Report on the treatment of epidemic cholera: from information collected by the governments of Bengal, Madras, Bombay, N.W. Provinces, Punjab, Oudh, and Central India, by order of the Government of India
Disease focus: Cholera
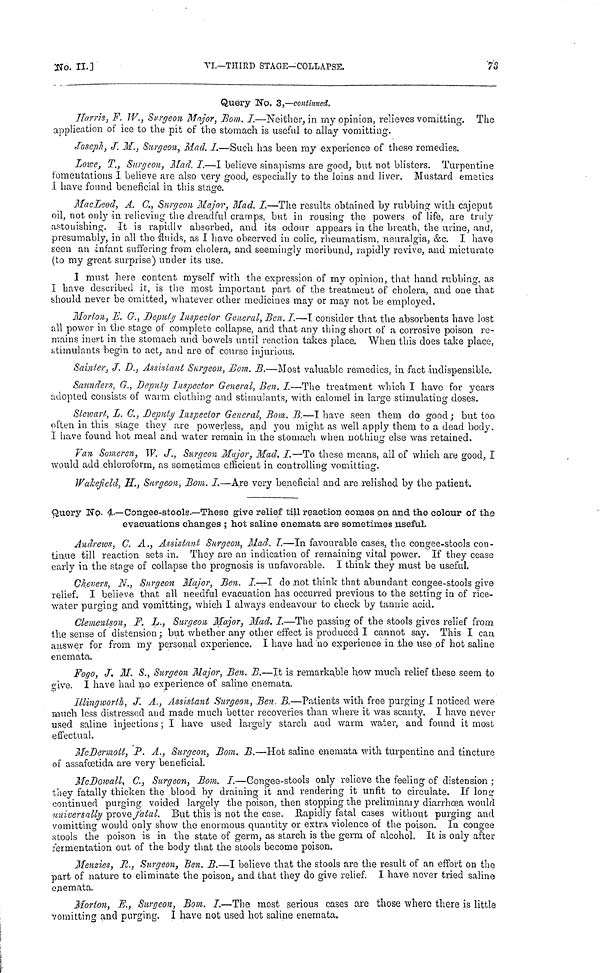
No.
II.
]
VI.—THIRD
STAGE-COLLAPSE.
73
Query No. 3,—continued.
Harris, F. W., Surgeon Major, Bom. I.—Neither, in my opinion, relieves vomitting. The
application of ice to the pit of the stomach is useful to allay vomitting.
Joseph, J. M., Surgeon, Mad. I.—Suck has been my experience of these remedies.
Louce, T., Surgeon, Mad. I.—I believe sinapisms are good, but not blisters. Turpentine
fomentations I believe are also very good, especially to the loins and liver. Mustard emetics
I have found beneficial in this stage.
MacLeod, A. C., Surgeon Major, Mad. I.—The results obtained by rubbing with cajeput
oil, not only in relieving the dreadful cramps, but in rousing the powers of life, are truly
astonishing. It is rapidly absorbed, and its odour appears in the breath, the urine,, and,
presumably, in all the fluids, as I have observed in colic, rheumatism, neuralgia, &c. I have
seen an infant suffering from cholera, and seemingly moribund, rapidly revive, and micturate
(to my great surprise) under its use.
I must here content myself with the expression of my opinion, that hand rubbing, as
I have described it, is the most important part of the treatment of cholera, and one that
should never be omitted, whatever other medicines may or may not be employed.
Morton, E. G·., Deputy Inspector General, Ben. I.—T consider that the absorbents have lost
all power in the stage of complete collapse, and that any thing short of a corrosive poison re-
mains inert in the stomach and bowels until reaction takes place. When this does take place,
stimulants begin to act, and are of course injurious.
Sainter, J. D., Assialant. Surgeon, Bom. B.—Most valuable remedies, in fact indispensable.
Saunders, G., Deputy Inspector General, Ben. I.—The treatment which I have for years
adopted consists of warm clothing and stimulants, with calomel in large stimulating doses.
Slewart, L. C., Deputy Inspector General, Bom. B.—I have seen them do good; but too
often in this stage they are powerless, and you might as well apply them to a dead body.
I have found hot meal and water remain in the stomach when nothing else was retained.
Van Someren, W. J., Surgeon Major, Mad. I.—To these means, all of which are good, I
would add chloroform, as sometimes efficient in controlling vomitting.
Wakefield, H., Surgeon, Bom. I.—Are very beneficial and are relished by the patient.
Query No. 4.—Congee-stools.—These give relief till reaction comes on and the colour of the
evacuations changes ; hot saline enemata are sometimes useful.
Andrews, C. A., Assistant Surgeon, Mad. T.—In favourable cases, the congee-stools con-
tinue till reaction sets in. They are an indication of remaining vital power. If they cease
early in the stage of collapse the prognosis is unfavorable. I think they must be useful.
Chevers, N., Surgeon Major, Ben. I.—I do not think that abundant congee-stools give
relief. I believe that all needful evacuation has occurred previous to the setting in of rice-
water purging and vomitting, which I always endeavour to check by tannic acid.
Clementson, F. L., Surgeon Major, Mad. I.—The passing of the stools gives relief from
the sense of distension ; but whether any other effect is produced I cannot say. This I can
answer for from my personal experience. I have had no experience in the use of hot saline
enemata.
Fogo, J. M. S., Surgeon Major, Ben. B.—It is remarkable how much relief these seem to
give. I have had no experience of saline enemata.
Illingworth, J. A., Assistant Surgeon, Ben. B.—Patients with free purging I noticed were
much less distressed and made much better recoveries than where it was scanty. I have never
used saline injections ; I have used largely starch and warm water, and found it most
effectual.
McDermott, P. A., Surgeon, Bom. B.—Hot saline enemata with turpentine and tincture
of assafœtida are very beneficial.
McDowall, C., Surgeon, Bom. I.—Congee-stools only relieve the feeling of distension ;
they fatally thicken the blood by draining it and rendering it unfit to circulate. If long
continued purging voided largely the poison, then stopping the preliminaiy diarrhœa would
universally prove fatal. But this is not the case. Rapidly fatal cases without purging and
vomitting would only show the enormous quantity or extra violence of the poison. In congee
stools the poison is in the state of germ, as starch is the germ of alcohol. It is only after
fermentation out of the body that the stools become poison.
Menzies, R., Surgeon, Ben. B.—I believe that the stools are the result of an effort on the
part of nature to eliminate the poison, and that they do give relief. I have never tried saline
enemata.
Morton, E., Surgeon, Bom. I—The most serious cases are those where there is little
vomitting and purging. I have not used hot saline enemata.